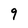
Character: 9